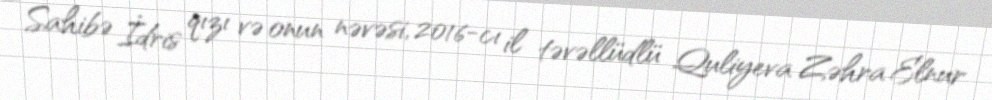
Sahibə İdris qızı və onun nəvəsi, 2016-cı il təvəllüdlü Quliyeva Zəhra Elnur